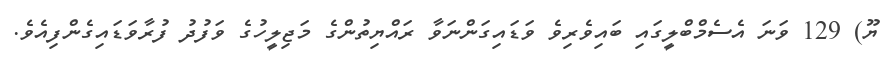
ޔޫ) 129 ވަނަ އެސެމްބްލީގައި ބައިވެރިވެ ވަޑައިގަންނަވާ ރައްޔިތުންގެ މަޖިލީހުގެ ވަފުދު ފުރާވަޑައިގެންފިއެވެ.